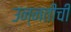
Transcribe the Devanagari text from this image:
उन्‍नतीची